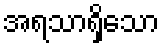
အရသာရှိသော